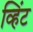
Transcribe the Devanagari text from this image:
व्हिंट